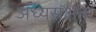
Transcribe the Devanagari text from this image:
अध्यसक्षता